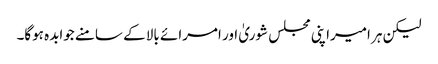
لیکن ہر امیراپنی مجلس شوریٰ اور امرائے بالا کے سامنے جوابدہ ہوگا۔